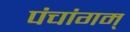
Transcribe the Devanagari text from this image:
पंचांगम्